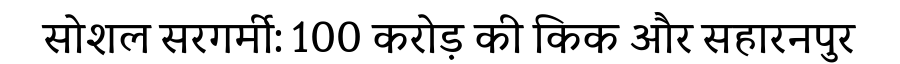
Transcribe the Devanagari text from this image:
सोशल सरगर्मी: 100 करोड़ की किक और सहारनपुर